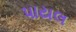
પાયલ